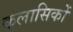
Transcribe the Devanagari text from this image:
कलासिकों